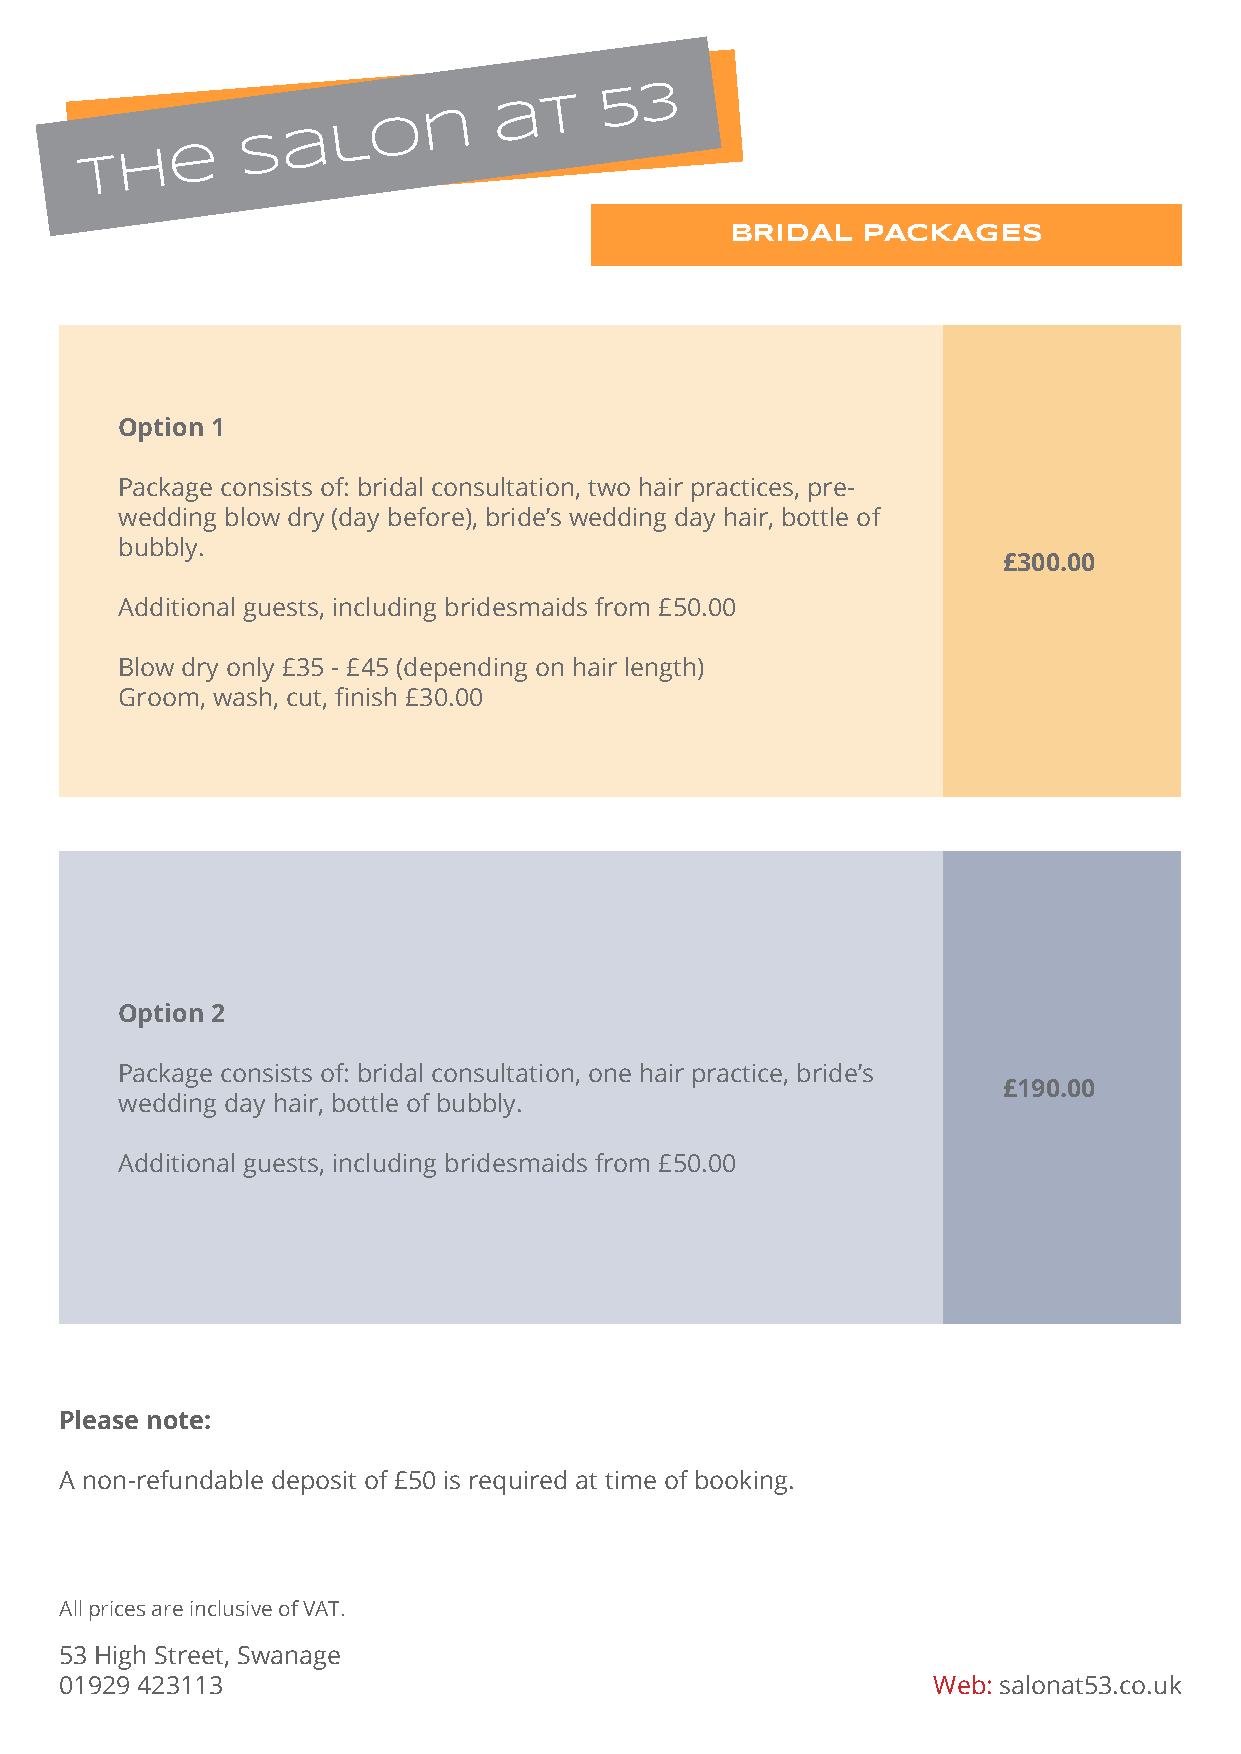
a  t
 5  3
 n
 o
 a  l
 e
 S
 h
 T
 BRIDAL   PACKAGES
 Option 1
 Package consists of: bridal consultation, two hair practices, pre-
 wedding blow dry (day before), bride’s wedding day hair, bottle of
 bubbly.
 £300.00
 Additional guests, including bridesmaids from £50.00
 Blow dry only £35 - £45 (depending on hair length)
 Groom, wash, cut, finish £30.00
 Option 2
 Package consists of: bridal consultation, one hair practice, bride’s
 £190.00
 wedding day hair, bottle of bubbly.
 Additional guests, including bridesmaids from £50.00
 Please note:
 A non-refundable deposit of £50 is required at time of booking.
 All prices are inclusive of VAT.
 53 High Street, Swanage
 01929 423113                                              Web: salonat53.co.uk